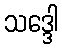
သဒ္ဒေါ